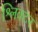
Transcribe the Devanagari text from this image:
श्लिक्टर